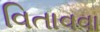
વિતાવવા